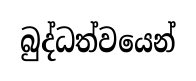
බුද්ධත්වයෙන්